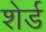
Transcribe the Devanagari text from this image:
शेर्ड